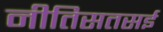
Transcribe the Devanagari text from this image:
नीतिसतसई